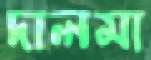
দালমা